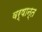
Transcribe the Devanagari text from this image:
वर्षान्त